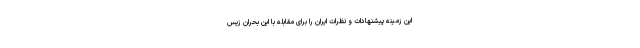
این زمینه پیشنهادات و نظرات ایران را برای مقابله با این بحران زیس